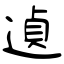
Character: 遉